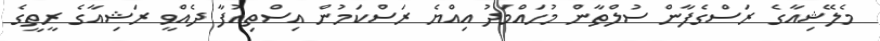
މެލޭޝިއާގެ ރަސްގެފާން ސުލްތާން މުހައްމަދު އިއްޔެ ރަސްކަމުން އިސްތިއުފާ ދެއްވީ ރަޝިއާގެ ރީތީގެ